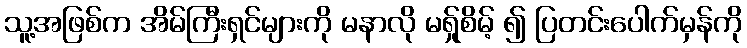
သူ့အဖြစ်က အိမ်ကြီးရှင်များကို မနာလို မရ်ှုစိမ့် ၍ ပြတင်းပေါက်မှန်ကို